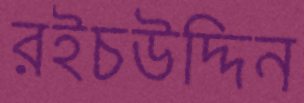
রইচউদ্দিন